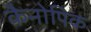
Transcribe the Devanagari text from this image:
कैनोपिक